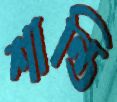
শান্তি